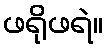
ဖရိုဖရဲ။